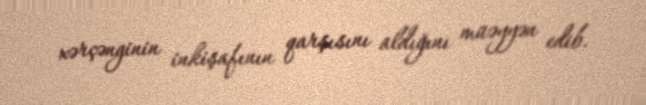
xərçənginin inkişafının qarşısını aldığını müəyyən edib.